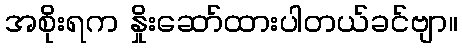
အစိုးရက နှိုးဆော်ထားပါတယ်ခင်ဗျာ။